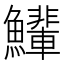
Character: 𫚄